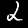
Label: 2